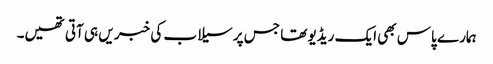
ہمارے پاس بھی ایک ریڈیو تھا جس پر سیلاب کی خبر یں ہی آتی تھیں۔